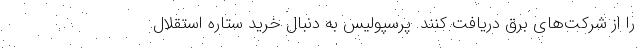
را از شرکت‌های برق دریافت کنند. پرسپولیس به دنبال خرید ستاره استقلال